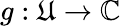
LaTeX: g:\mathfrak{U}\to\mathbb{{C}}